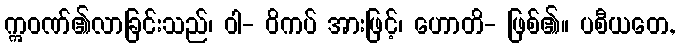
ဣဝဏ်၏လာခြင်းသည်၊ ဝါ- ဝိကပ် အားဖြင့်၊ ဟောတိ- ဖြစ်၏။ ပစီယတေ,